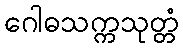
ဂေါဓသက္ကသုတ္တံ